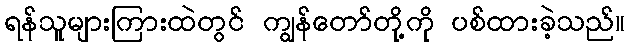
ရန်သူများကြားထဲတွင် ကျွန်တော်တို့ကို ပစ်ထားခဲ့သည်။